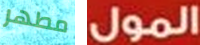
مطهر المول